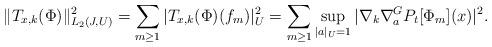
LaTeX: \begin{gather*} \| T_{x,k}(\Phi) \|_{ L_2 (J, U)}^2 = \sum_{m \ge 1} | T_{x,k}(\Phi) (f_m)|^2_U = \sum_{m \ge 1} \sup_{|a|_U=1} | \nabla_k \nabla_{a}^G P_t[ \Phi_m ](x)|^2.\end{gather*}